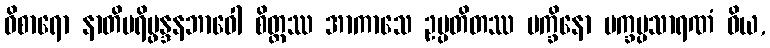
ဝိစာရော နာတိပရိပ္ဖန္ဒနဘာဝေါ စိတ္တဿ အာကာသေ ဥပ္ပတိတဿ ပက္ခိနော ပက္ခပ္ပသာရဏံ ဝိယ,